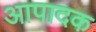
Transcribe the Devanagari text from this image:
आपादक